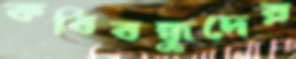
কবিবন্ধুদের